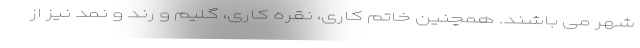
شهر می باشند. همچنین خاتم کاری، نقره کاری، گلیم و رند و نمد نیز از